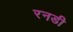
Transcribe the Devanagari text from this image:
रनडी